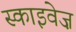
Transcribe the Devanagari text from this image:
स्काइवेज़